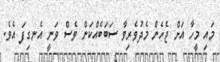
މައި މީހާ އަށް ޖެހެން މެދުވެރިވާ ސަބަބެއްކަން ވެސް ވަނީ އެނގިފަ އެވެ.